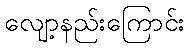
လျော့နည်းကြောင်း